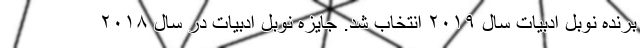
برنده نوبل ادبیات سال ۲۰۱۹ انتخاب شد. جایزه نوبل ادبیات در سال ۲۰۱۸